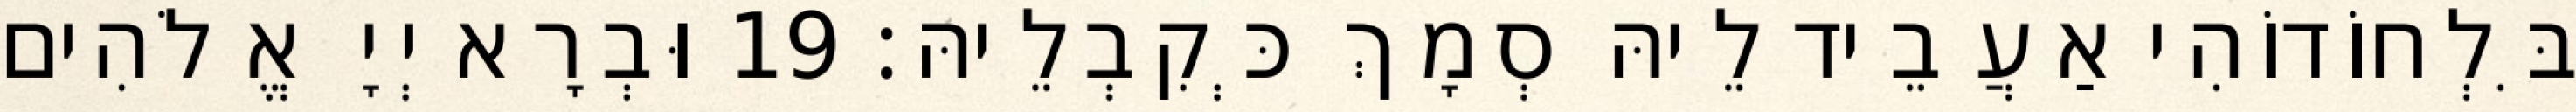
בִּלְחוֹדוֹהִי אַעֲבֵיד לֵיהּ סְמָךְ כְּקִבְלֵיהּ׃ 19 וּבְרָא יְיָ אֱלֹהִים